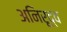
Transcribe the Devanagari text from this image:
अनिरूद्व